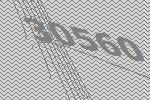
30560